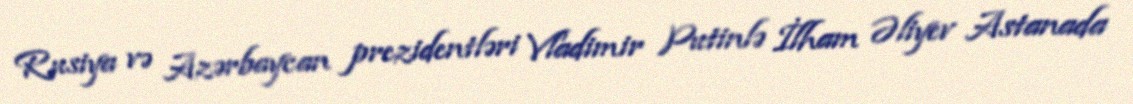
Rusiya və Azərbaycan prezidentləri Vladimir Putinlə İlham Əliyev Astanada